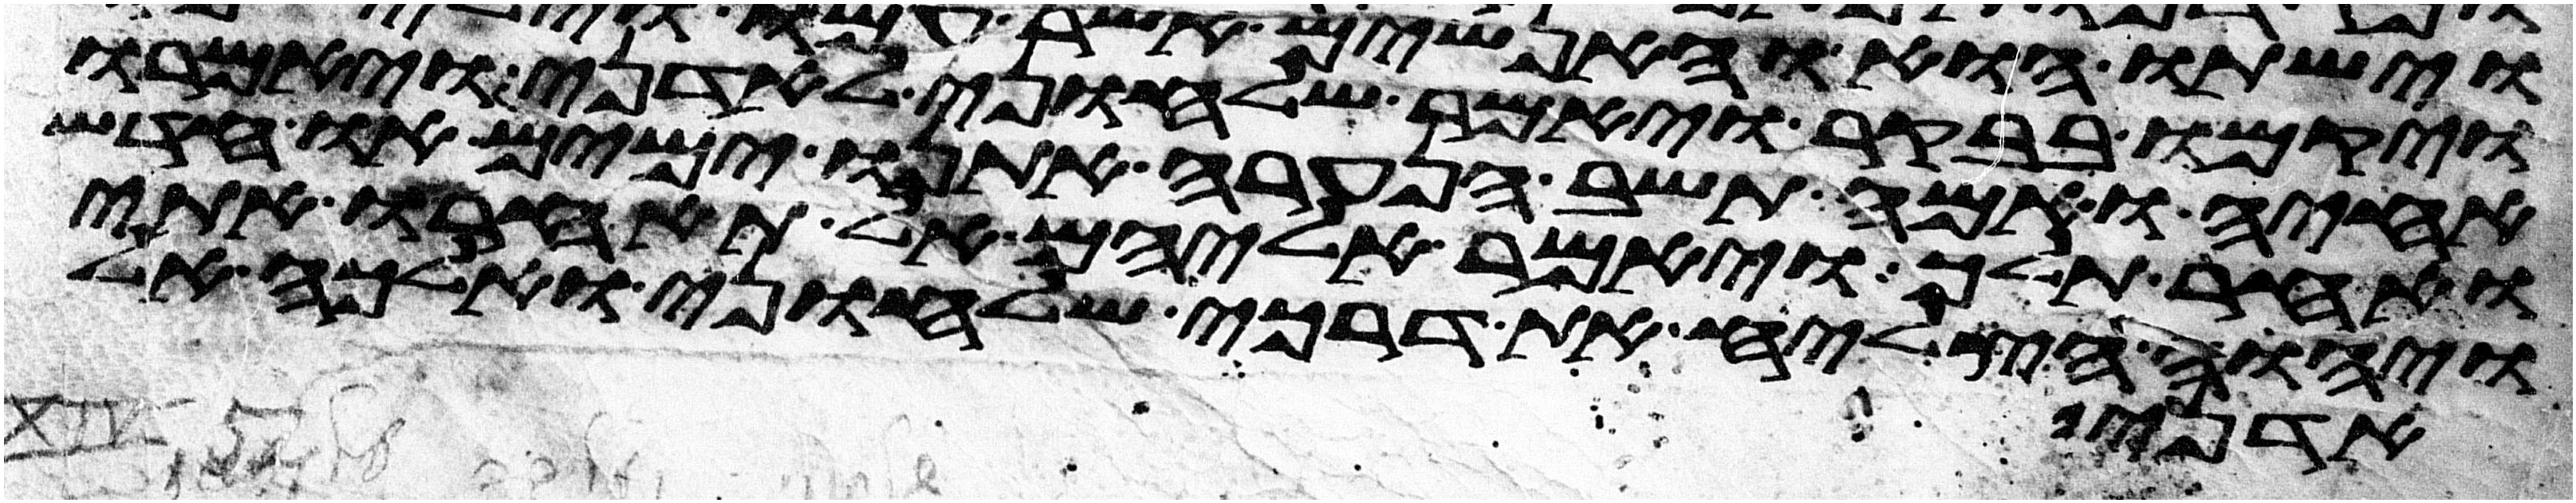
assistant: ויקמו בבקר ויאמר שלחוני לאדני ויאמרו
אחיה ואמה תשב הנערה אתנו ימים או חדש
ואחר תלך ויאמר אליהם אל תאחרו אתי
ויהוה הצליח את דרכי שלחוני ואלכה אל
אדני